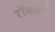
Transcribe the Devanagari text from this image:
रॉक्सचे